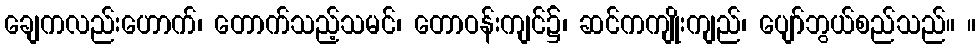
ချေကလည်းဟောက်၊ တောက်သည့်သမင်၊ တောဝန်းကျင်၌၊ ဆင်ကကျိုးကျည်၊ ပျော်ဘွယ်စည်သည်။ ။